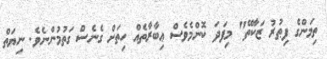
ތިމަންގެ ފިޠުރު ޒަކާތޭ" މިފަދަ ކޮންމެވެސް ޢިބާރާތެއް ހިތަށް ގެނެސް ގަތުމުންނެވެ. ނިޔަތް